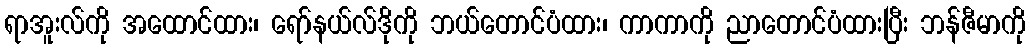
ရာအူးလ်ကို အထောင်ထား၊ ရော်နယ်လ်ဒိုကို ဘယ်တောင်ပံထား၊ ကာကာကို ညာတောင်ပံထားပြီး ဘန်ဇီမာကို